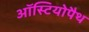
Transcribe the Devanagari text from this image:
ऑस्टियोपैथ